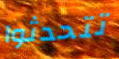
تتحدثوا